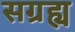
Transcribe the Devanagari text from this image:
सग्रह्य